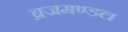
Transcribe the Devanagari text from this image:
ब्रजमण्डल